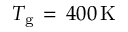
T _ { \mathrm { { g } } } \, = \, 4 0 0 \, \mathrm { { K } }